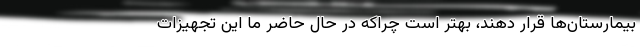
بیمارستان‌‌ها قرار دهند، بهتر است چراکه در حال حاضر ما این تجهیزات